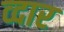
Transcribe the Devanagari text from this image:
व्दार